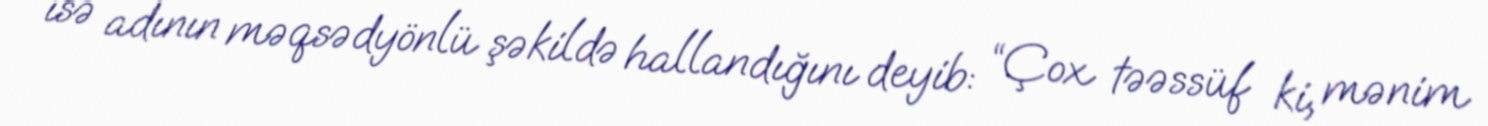
isə adının məqsədyönlü şəkildə hallandığını deyib: “Çox təəssüf ki, mənim